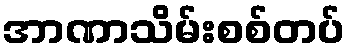
အာဏာသိမ်းစစ်တပ်